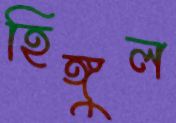
হিঙ্গুল